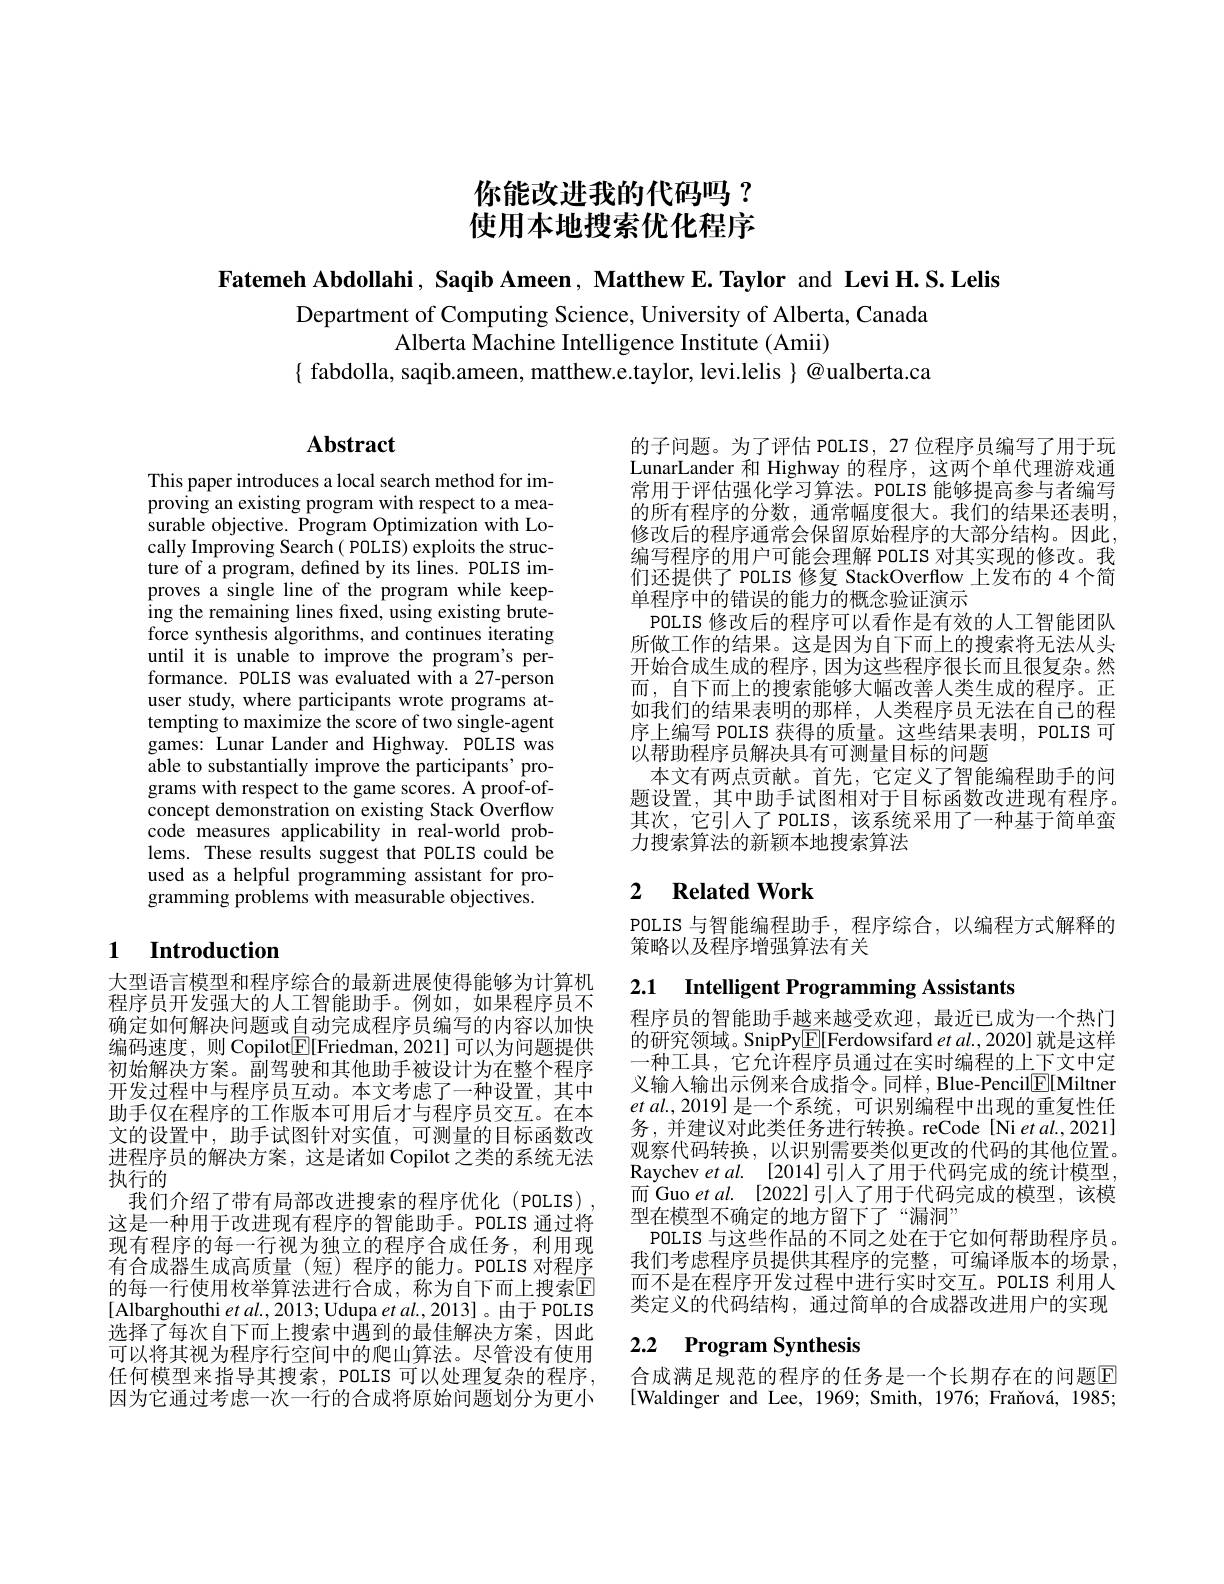
你能改进我的代码吗？ 使用本地搜索优化程序

Fatemeh Abdollahi, Saqib Ameen, Matthew E.Taylor and Levi H.S.Lelis

Department of Computing Science, University of Alberta, Canada
Alberta Machine Intelligence Institute (Amii)
$\{$ fabdolla, saqib.ameen, matthew.e.taylor, levi.lelis $\}@$ualberta.ca

# Abstract

This paper introduces a local search method for improving an existing program with respect to a measurable objective. Program Optimization with Locally Improving Search( POLIS) exploits the structure of a program, defined by its lines. POLIS improves a single line of the program while keeping the remaining lines fixed, using existing bruteforce synthesis algorithms, and continues iterating until it is unable to improve the program's performance. POLIS was evaluated with a 27-person user study, where participants wrote programs attempting to maximize the score of two single-agent games: Lunar Lander and Highway. POLIS was able to substantially improve the participants' programs with respect to the game scores. A proof-ofconcept demonstration on existing Stack Overflow code measures applicability in real-world problems. These results suggest that POLIS could be used as a helpful programming assistant for programming problems with measurable objectives.

## 1 Introduction

大型语言模型和程序综合的最新进展使得能够为计算机程序员开发强大的人工智能助手。例如，如果程序员不确定如何解决问题或自动完成程序员编写的内容以加快编码速度，则 Copilot$\underline{\mathbb{E}}[$Friedman,2021]可以为问题提供初始解决方案。副驾驶和其他助手被设计为在整个程序开发过程中与程序员互动。本文考虑了一种设置，其中助手仅在程序的工作版本可用后才与程序员交互。在本文的设置中，助手试图针对实值，可测量的目标函数改进程序员的解决方案，这是诸如 Copilot 之类的系统无法执行的
我们介绍了带有局部改进搜索的程序优化 (POLIS) , 这是一种用于改进现有程序的智能助手。POLIS 通过将现有程序的每一行视为独立的程序合成任务，利用现有合成器生成高质量(短)程序的能力。POLIS 对程序的每一行使用枚举算法进行合成，称为自下而上搜索回[Albarghouthi $et\textit{al. , 2013; Udupa et al. , 2013] 。由 于 POLIS}$ 选择了每次自下而上搜索中遇到的最佳解决方案，因此可以将其视为程序行空间中的爬山算法。尽管没有使用任何模型来指导其搜索，POLIS 可以处理复杂的程序， 因为它通过考虑一次一行的合成将原始问题划分为更小

的子问题。为了评估 POLIS, 27 位程序员编写了用于玩LunarLander 和 Highway 的程序，这两个单代理游戏通常用于评估强化学习算法。POLIS 能够提高参与者编写的所有程序的分数，通常幅度很大。我们的结果还表明， 修改后的程序通常会保留原始程序的大部分结构。因此， 编写程序的用户可能会理解 POLIS 对其实现的修改。我们还提供了 POLIS 修复 StackOverflow 上发布的 4 个简单程序中的错误的能力的概念验证演示
POLIS 修改后的程序可以看作是有效的人工智能团队所做工作的结果。这是因为自下而上的搜索将无法从头开始合成生成的程序，因为这些程序很长而且很复杂。然而，自下而上的搜索能够大幅改善人类生成的程序。正如我们的结果表明的那样，人类程序员无法在自己的程序上编写 POLIS 获得的质量。这些结果表明，POLIS 可以帮助程序员解决具有可测量目标的问题
本文有两点贡献。首先，它定义了智能编程助手的问题设置，其中助手试图相对于目标函数改进现有程序。其次，它引人了 POLIS, 该系统采用了一种基于简单蛮力搜索算法的新颖本地搜索算法

### 2 $\textbf{Related Work}$

POLIS 与智能编程助手，程序综合，以编程方式解释的
策略以及程序增强算法有关

2.1 $\textbf{Intelligent Programming Assistants}$

程序员的智能助手越来越受欢迎，最近已成为一个热门的研究领域。SnipPy$\underline{\mathrm{E}}[$Ferdowsifard $et\textit{al. , 2020] 就 是 这 样 }$ 一种工具，它允许程序员通过在实时编程的上下文中定义输入输出示例来合成指令。同样，Blue-Pencil$\boxed{\mathrm{F}}[$Miltner $etal.,2019]$是一个系统，可识别编程中出现的重复性任务，并建议对此类任务进行转换。reCode[Ni et al.,2021] 观察代码转换，以识别需要类似更改的代码的其他位置。Raychev $etal.$ [2014]引人了用于代码完成的统计模型而 Guo et al. [2022] 引人了用于代码完成的模型，该模型在模型不确定的地方留下了“漏洞”
POLIS 与这些作品的不同之处在于它如何帮助程序员。我们考虑程序员提供其程序的完整，可编译版本的场景， 而不是在程序开发过程中进行实时交互。POLIS 利用人类定义的代码结构，通过简单的合成器改进用户的实现

## 2.2 $\textbf{Program Synthesis}$

合成满足规范的程序的任务是一个长期存在的问题E [Waldinger and Lee, 1969; Smith, 1976; Frañová, 1985;